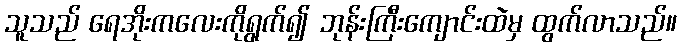
သူသည် ရေအိုးကလေးကိုရွက်၍ ဘုန်းကြီးကျောင်းထဲမှ ထွက်လာသည်။